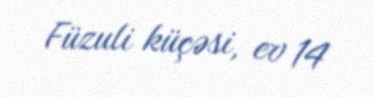
Füzuli küçəsi, ev 14